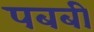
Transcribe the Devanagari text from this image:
पबबी